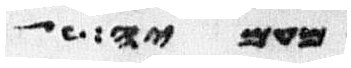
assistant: מעמיה